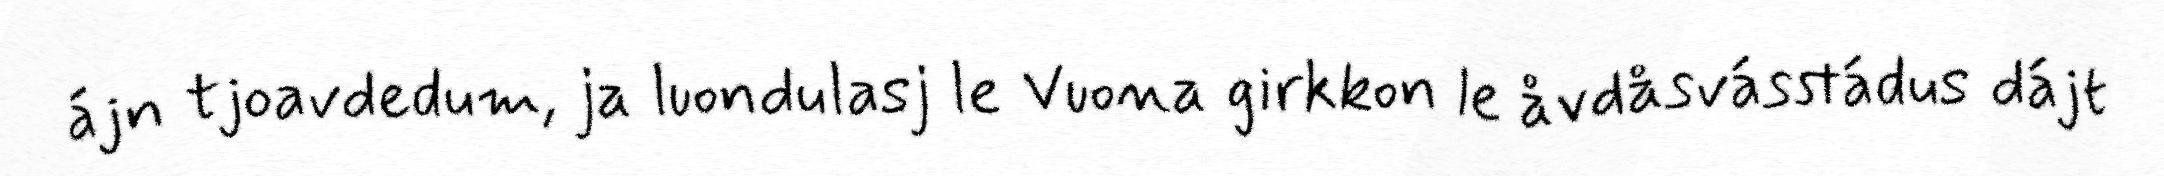
ájn tjoavdedum, ja luondulasj le Vuona girkkon le åvdåsvásstádus dájt